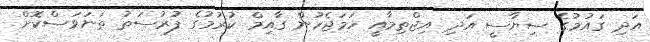
އަދި ގައުމުގެ ސިޔާސީ އަދި އިޖްތިމާއީ ހަމަޖެހުން ގާއިމް ކުރުމުގެ ފުރުސަތު ތަނަވަސްކޮށް